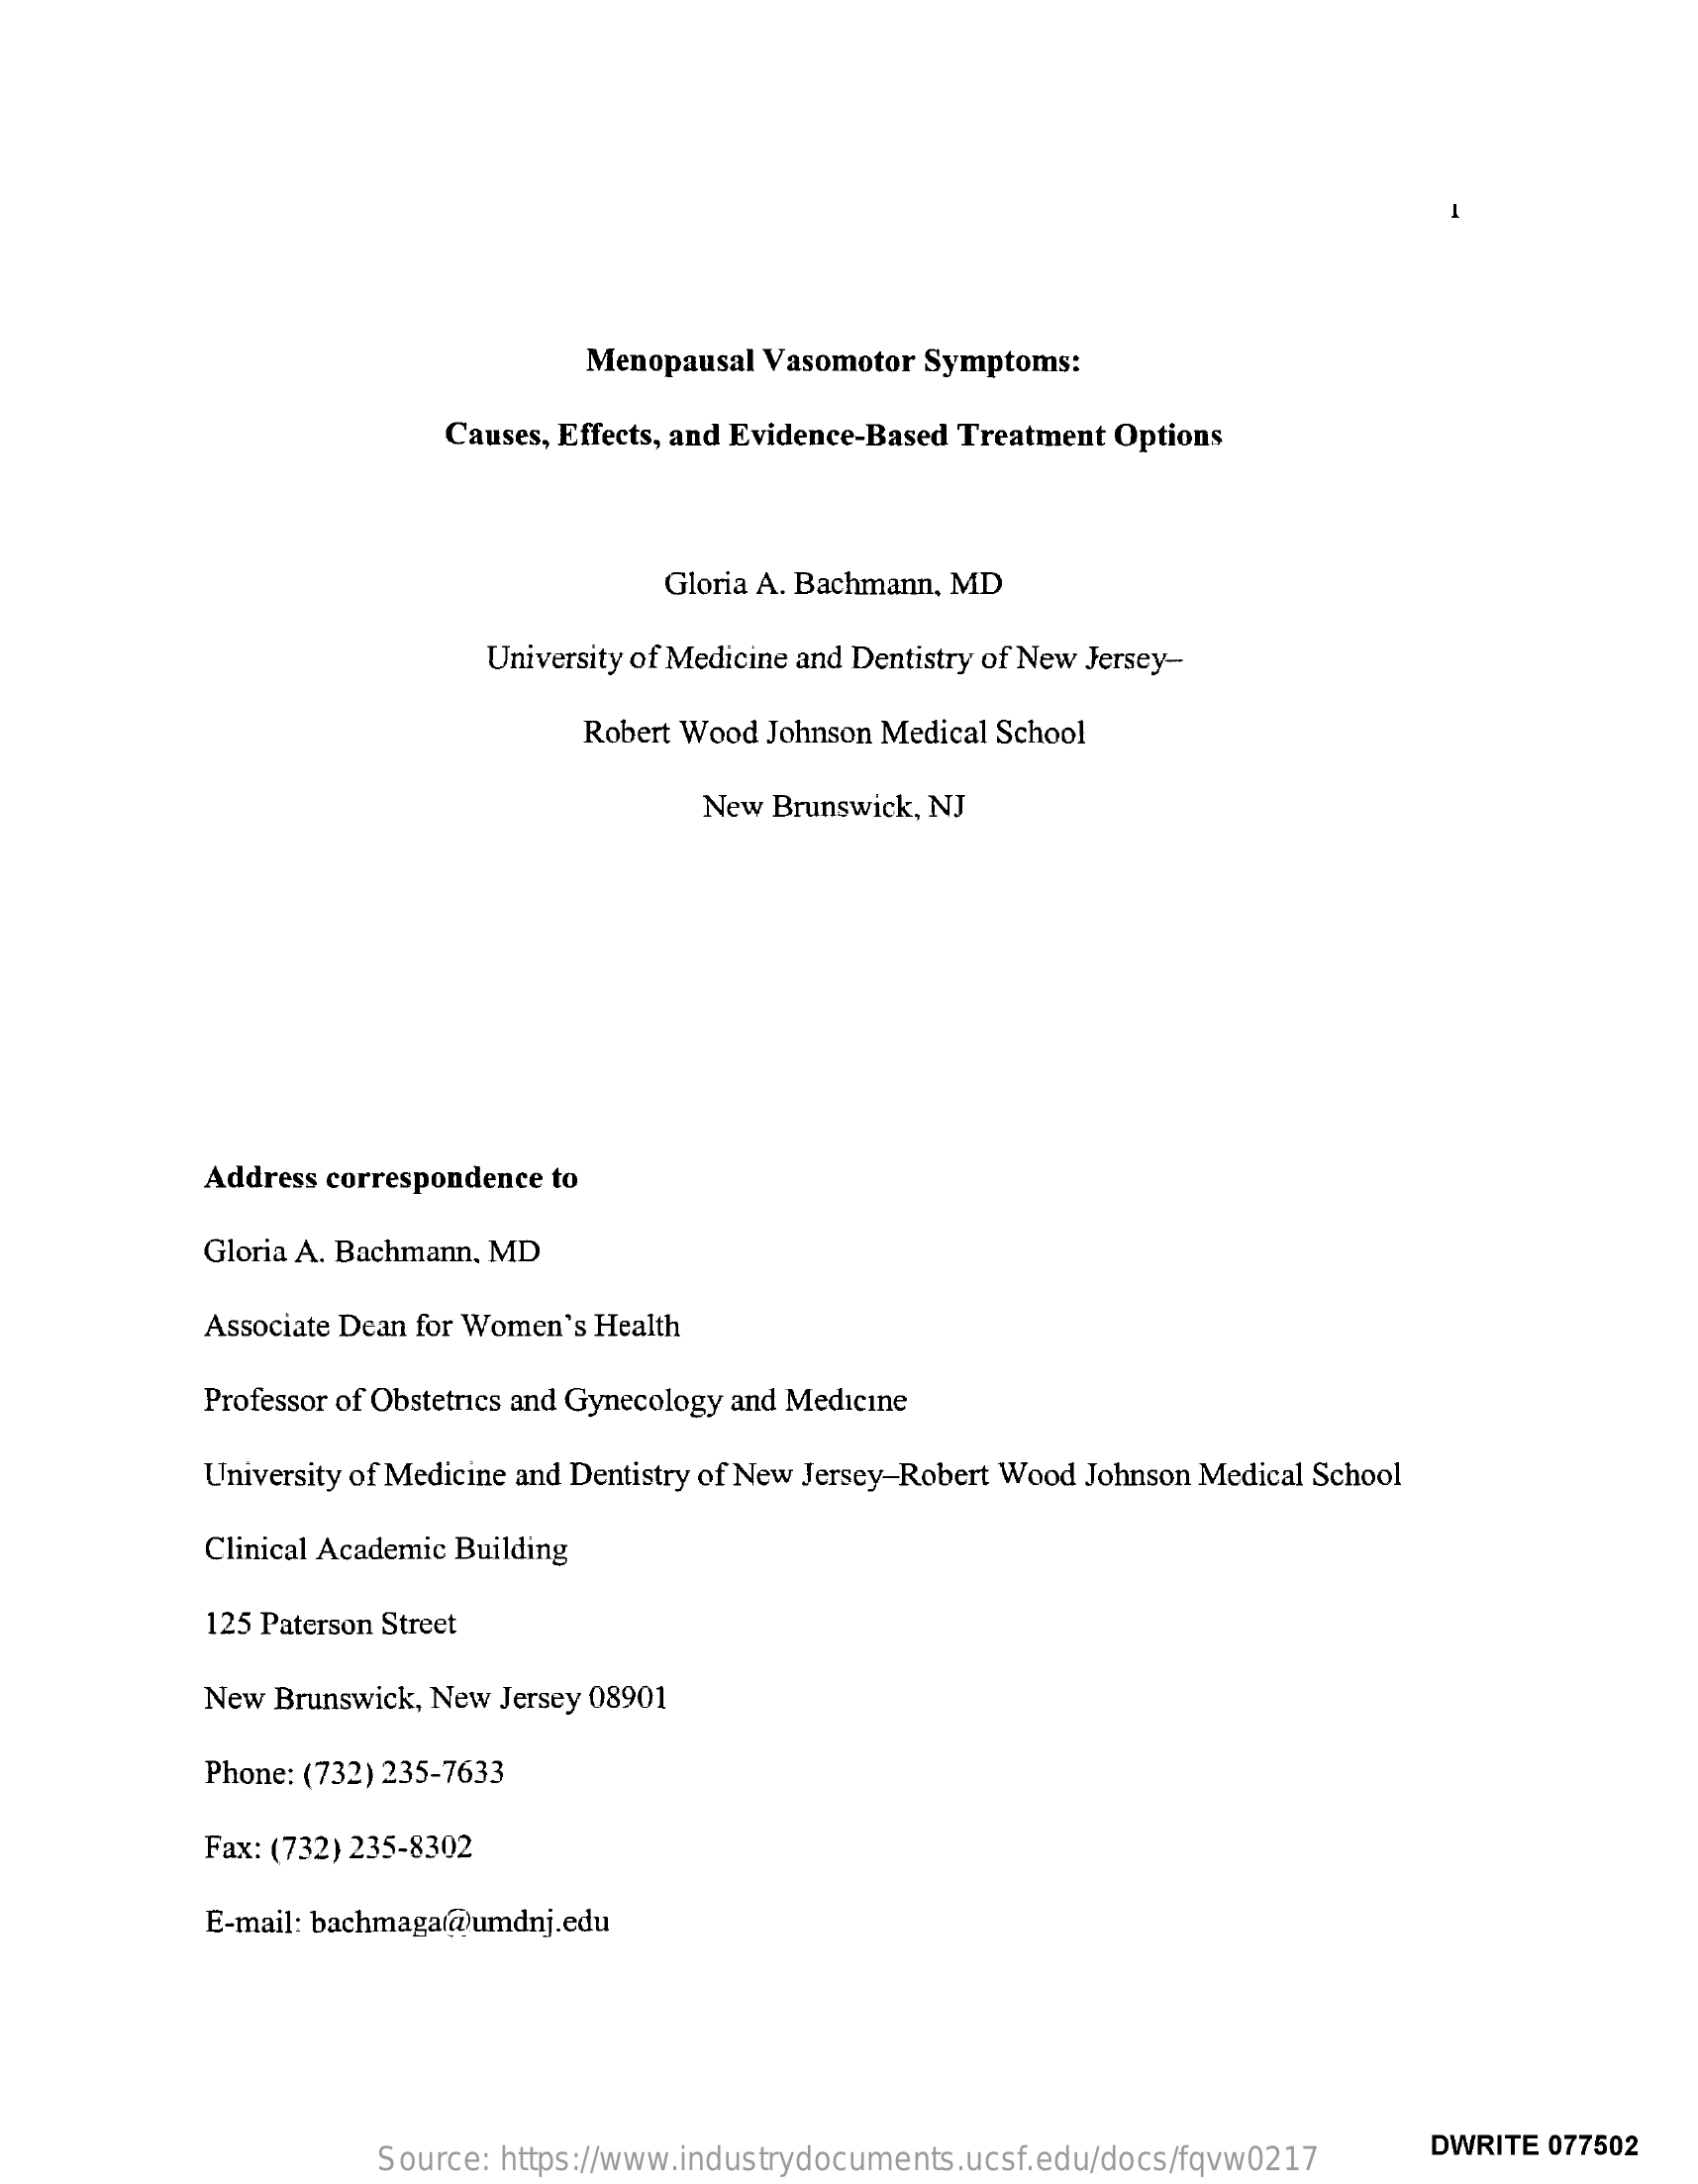
Menopausal Vasomotor Symptoms:
     Causes, Effects, and Evidence-Based Treatment Options
     Gloria A. Bachmann, MD
     University of Medicine and Dentistry of New Jersey-
     Robert Wood Johnson Medical School
     New Brunswick, NJ
     Address correspondence to
     Gloria A. Bachmann, MD
     Associate Dean for Women's Health
     Professor of Obstetrics and Gynecology and Medicine
     University of Medicine and Dentistry of New Jersey-Robert Wood Johnson Medical School
     Clinical Academic Building
     125 Paterson Street
     New Brunswick, New Jersey 08901
     Phone: (732) 235-7633
     Fax: (732) 235-8302
     E-mail: bachmaga@umdnj.edu
     Source: https://www.industrydocuments.ucsf.edu/docs/fqvw0217
     DWRITE 077502